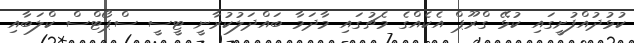
ކުޅުދުއްފުށީގައި ކުޅޭ ގްރޫޕް އެކެއްގެ މެޗުގައި މާދަމާ ބައްދަލުކުރާނީ ޓީސީ ސްޕޯޓްސް ކްލަބާއި